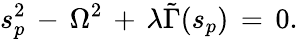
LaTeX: s_{p}^{2}\, -\, \Omega^{2}\, +\, \lambda\tilde{\Gamma}(s_{p})\, =\, 0.